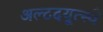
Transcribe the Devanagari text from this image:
अल्टदयूत्स्चे